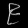
Digit: ၉